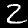
Digit: 2